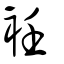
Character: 衽